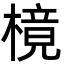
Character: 樈